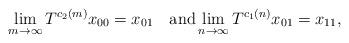
LaTeX: \begin{align*}\lim_{m\to\infty}T^{c_2(m)}x_{00}=x_{01} \quad\textup{and}\lim_{n\to\infty}T^{c_1(n)}x_{01}=x_{11},\end{align*}